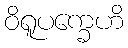
ဝိရူပက္ခေဟိ